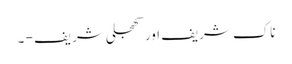
ناک شریف اور کھجلی شریف - ۔